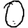
Digit: 0